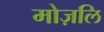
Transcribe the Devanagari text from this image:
मोज़लि